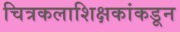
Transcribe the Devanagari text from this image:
चित्रकलाशिक्षकांकडून